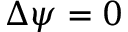
\Delta \psi = 0